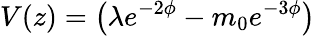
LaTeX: V(z)=\left(\lambda e^{-2\phi}-m_{0}e^{-3\phi}\right)